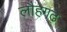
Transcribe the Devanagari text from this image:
लौहगढ़